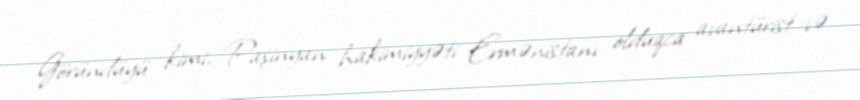
Göründüyü kimi, Paşinyan hakimiyyəti Ermənistanı olduqca avantürist və